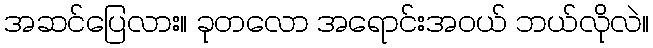
အဆင်ပြေလား။ ခုတလော အရောင်းအဝယ် ဘယ်လိုလဲ။